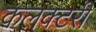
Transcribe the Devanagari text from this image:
कलक्‍टरी